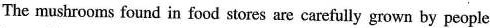
The mushrooms found in foodstores are carefully grown by people